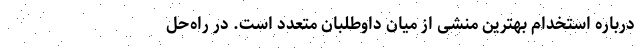
درباره استخدام بهترین منشی از میان داوطلبان متعدد است. در راه‌حل